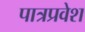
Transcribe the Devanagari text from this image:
पात्रप्रवेश